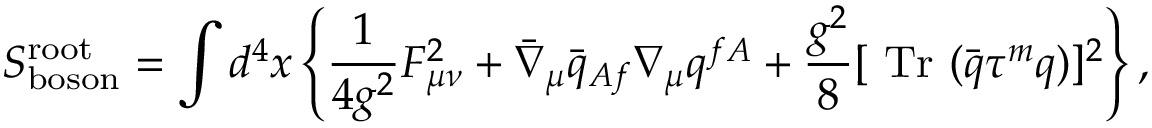
S _ { \mathrm { b o s o n } } ^ { \mathrm { r o o t } } = \int d ^ { 4 } x \left\{ \frac 1 { 4 g ^ { 2 } } F _ { \mu \nu } ^ { 2 } + \bar { \nabla } _ { \mu } \bar { q } _ { A f } \nabla _ { \mu } q ^ { f A } + \frac { g ^ { 2 } } 8 [ \mathrm { ~ T r ~ } ( \bar { q } \tau ^ { m } q ) ] ^ { 2 } \right\} ,